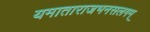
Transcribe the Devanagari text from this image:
यमाताराजभनसलगम्